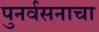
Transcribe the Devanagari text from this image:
पुनर्वसनाचा